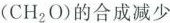
(CH_{2}O)的合成减少